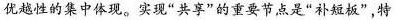
优越性的集中体现。实现”共享”的重要节点是”补短板”，特